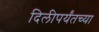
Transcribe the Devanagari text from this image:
दिलीपर्यंतच्या